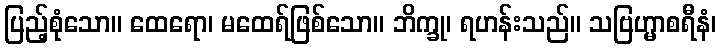
ပြည့်စုံသော။ ထေရော၊ မထေရ်ဖြစ်သော။ ဘိက္ခု၊ ရဟန်းသည်။ သဗြဟ္မာစရီနံ၊